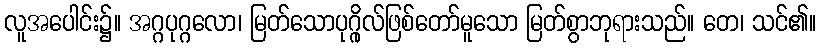
လူအပေါင်း၌။ အဂ္ဂပုဂ္ဂလော၊ မြတ်သောပုဂ္ဂိုလ်ဖြစ်တော်မူသော မြတ်စွာဘုရားသည်။ တေ၊ သင်၏။